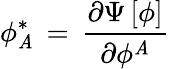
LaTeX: \phi_{\mathit{A}}^{\ast}\, =\, {\frac{{\partial\Psi\, [\phi]}}{{\partial\phi^{\mathit{A}}}}}